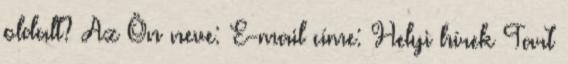
oldalt? Az Ön neve: E-mail címe: Helyi hírek Tart